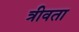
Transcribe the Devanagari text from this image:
त्रीवता